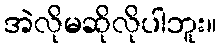
အဲလိုမဆိုလိုပါဘူး။